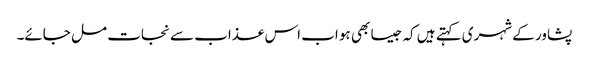
پشاور کے شہری کہتے ہیں کہ جیسا بھی ہو اب اس عذاب سے نجات مل جائے۔